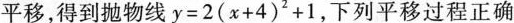
平移，得到抛物线$$y = 2 ( x + 2 ) ^ { 2 } + 1$$，下列平移过程正确